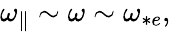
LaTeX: \begin{array}{r}{{\omega_{\parallel}}\sim\omega\sim\omega_{*e},}\end{array}